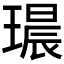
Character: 𮴭